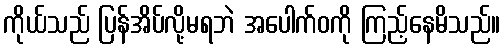
ကိုယ်သည် ပြန်အိပ်လို့မရဘဲ အပေါက်ဝကို ကြည့်နေမိသည်။